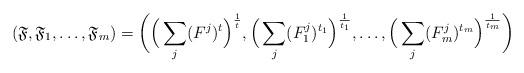
LaTeX: \begin{align*}(\mathfrak{F}, \mathfrak{F}_1,\dots, \mathfrak{F}_m)=\bigg(\Big(\sum_j (F^j)^{t}\Big)^\frac1{t},\Big(\sum_j (F_1^j)^{t_1}\Big)^\frac1{t_1},\dots,\Big(\sum_j (F_m^j)^{t_m}\Big)^\frac1{t_m}\bigg)\end{align*}